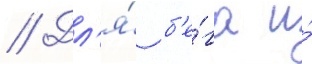
// Дл'я́ б'е́га и́